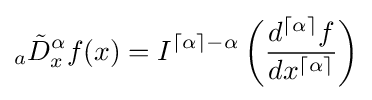
{}_{a}{\tilde {D}}_{x}^{\alpha }f(x)=I^{\lceil \alpha \rceil -\alpha }\left({\frac {d^{\lceil \alpha \rceil }f}{dx^{\lceil \alpha \rceil }}}\right)